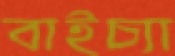
বাইচ্যা